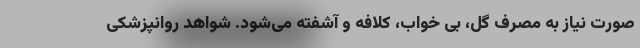
صورت نیاز به مصرف گل، بی خواب، کلافه و آشفته می‌شود. شواهد روانپزشکی